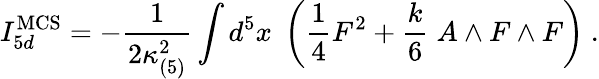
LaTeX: I_{5d}^{\mathrm{MCS}}=-{\frac{1}{2\kappa_{(5)}^{2}}}\int d^{5}x\; \left({\frac{1}{4}}F^{2}+{\frac{k}{6}}\; A\wedge F\wedge F\right)\ .